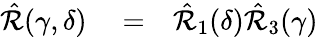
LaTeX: \begin{array}{rlr}{\hat{\mathcal{R}}(\gamma,\delta)}&{{}=}&{\hat{\mathcal{R}}_{1}(\delta)\hat{\mathcal{R}}_{3}(\gamma)}\end{array}